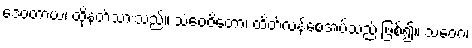
ဒေဝတာယ၊ ထိုနတ်သားသည်။ သံဝေဇိတော၊ ထိတ်လန့်စေအပ်သည် ဖြစ်၍။ သံဝေဂံ၊